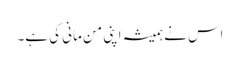
اس نے ہمیشہ اپنی من مانی کی ہے۔